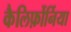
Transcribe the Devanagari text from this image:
कैलिर्फ़ोर्निया